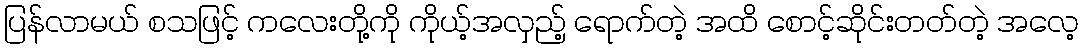
ပြန်လာမယ် စသဖြင့် ကလေးတို့ကို ကိုယ့်အလှည့် ရောက်တဲ့ အထိ စောင့်ဆိုင်းတတ်တဲ့ အလေ့